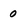
Character: 0